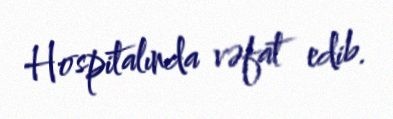
Hospitalında vəfat edib.